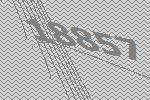
18857